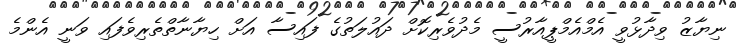
ނިޔާޒު ވިދާޅުވީ އެމްއެމްޕީއާރުސީ މެދުވެރިކޮށް ދައުލަތުގެ ފައިސާ އަށް ހިޔާނާތްތެރިވެފައި ވަނީ އެންމެ